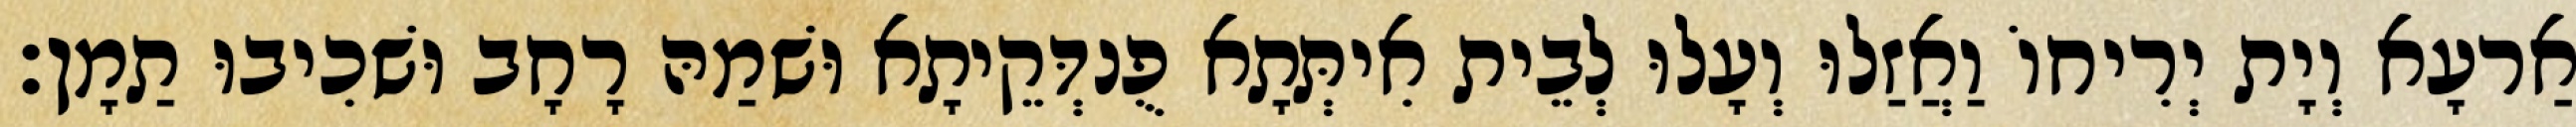
אַרעָא וְיָת יְרִיחוֹ וַאֲזַלוּ וְעָלוּ לְבֵית אִיתְּתָא פֻנדְּקֵיתָא וּשׁמַהּ רָחָב וּשׁכִיבוּ תַמָן׃